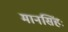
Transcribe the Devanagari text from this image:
मानसिंहः